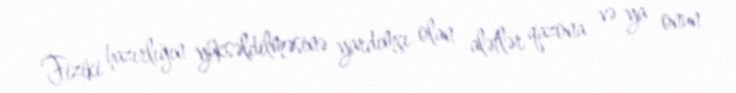
Fiziki hazırlığın yüksəldilməsinə yardımçı olan alətlər qazona və ya onun